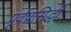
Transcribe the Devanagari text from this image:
पूर्वप्रसिद्धी